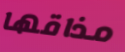
مذاقها